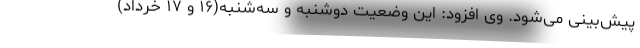
پیش‌بینی می‌شود. وی افزود: این وضعیت دوشنبه و سه‌شنبه(۱۶ و ۱۷ خرداد)